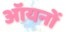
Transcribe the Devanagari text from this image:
ऑयनों